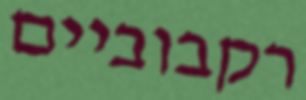
רקבוביים